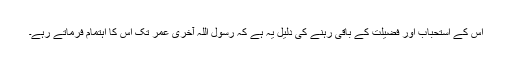
اس کے استحباب اور فضیلت کے باقی رہنے کی دلیل یہ ہے کہ رسول اللہؐ آخری عمر تک اس کا اہتمام فرماتے رہے۔